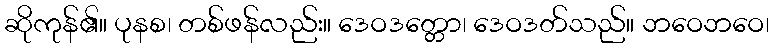
ဆိုကုန်၏။ ပုနစ၊ တစ်ဖန်လည်း။ ဒေဝဒတ္တော၊ ဒေဝဒတ်သည်။ ဘဝေဘဝေ၊